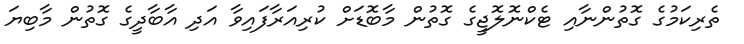
ތެރިކަމުގެ ގޮތުންނާއި ޓެކްނޮލޮޖީގެ ގޮތުން މާބޮޑަށް ކުރިއަރާފައިވާ އަދި އާބާދީގެ ގޮތުން މާބިޔަ